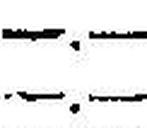
—.—